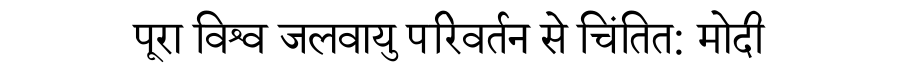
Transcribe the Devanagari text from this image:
पूरा विश्व जलवायु परिवर्तन से चिंतित: मोदी